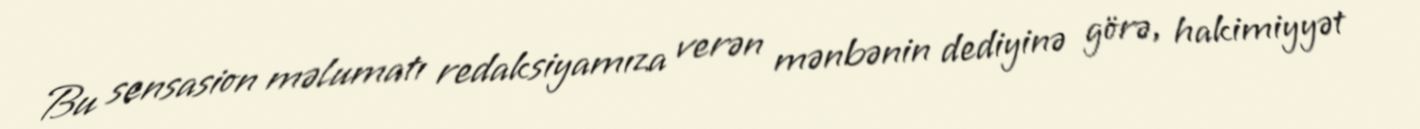
Bu sensasion məlumatı redaksiyamıza verən mənbənin dediyinə görə, hakimiyyət